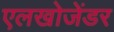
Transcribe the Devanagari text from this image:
एलखोजेंडर